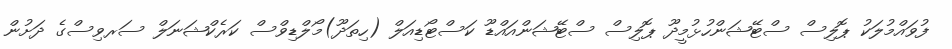
ފުވައްމުލަކު ޕޮލިސް ސްޓޭޝަންހުޅުމީދޫ ޕޮލިސް ސްޓޭޝަންއައްޑޫ ކަސްޓޯޑިއަލް (ހިތަދޫ)މޯލްޑިވްސް ކަރެކްޝަނަލް ސަރވިސްގެ ދަށުން